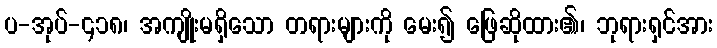
ပ-အုပ်-၄၁၈၊ အကျိုးမရှိသော တရားများကို မေး၍ ဖြေဆိုထား၏၊ ဘုရားရှင်အား